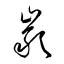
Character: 巌